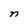
Character: n